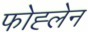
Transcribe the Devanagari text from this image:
फोह्लेन